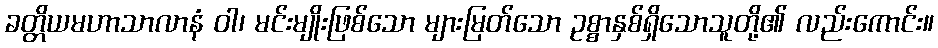
ခတ္တိယမဟာသာလာနံ ဝါ၊ မင်းမျိုးဖြစ်သော များမြတ်သော ဥစ္စာနှစ်ရှိသောသူတို့၏ လည်းကောင်း။